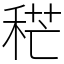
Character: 䅒